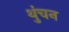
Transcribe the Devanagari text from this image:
थुंचन